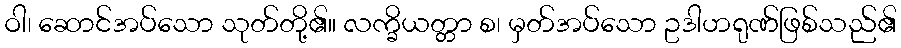
ဝါ၊ ဆောင်အပ်သော သုတ်တို့၏။ လက္ခိယတ္တာ စ၊ မှတ်အပ်သော ဥဒါဟရုဏ်ဖြစ်သည်၏